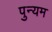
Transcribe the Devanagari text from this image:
पुन्यम